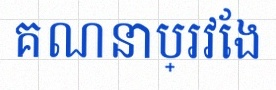
គណនាប្រវែង